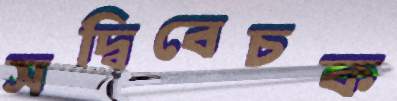
সদ্বিবেচক